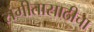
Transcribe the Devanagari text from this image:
संगीतासाठीचा